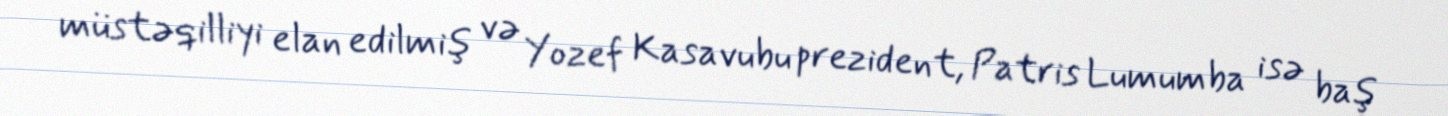
müstəqilliyi elan edilmiş və Yozef Kasavubu prezident, Patris Lumumba isə baş